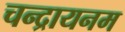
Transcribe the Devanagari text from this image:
चन्द्रायनम